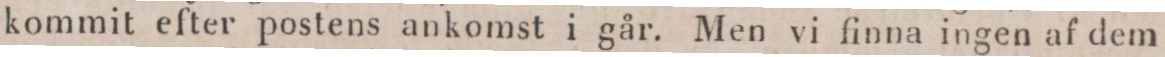
kommit efter postens ankomst i går. Men vi finna ingen af dem